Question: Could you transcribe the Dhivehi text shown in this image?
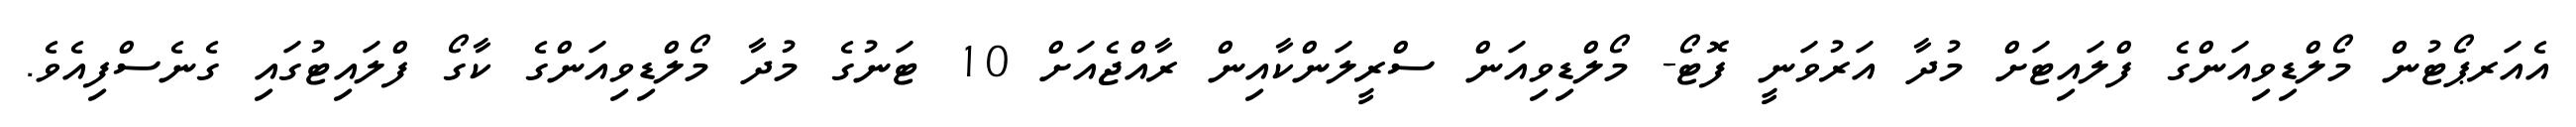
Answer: އެއަރޕޯޓުން މޯލްޑިވިއަންގެ ފްލައިޓަށް މުދާ އަރުވަނީ ފޮޓޯ- މޯލްޑިވިއަން ސްރީލަންކާއިން ރާއްޖެއަށް 10 ޓަނުގެ މުދާ މޯލްޑިވިއަންގެ ކާގޯ ފްލައިޓުގައި ގެނެސްފިއެވެ.